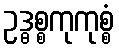
ဥဒ္ဓစ္စကုကုစ္စံ